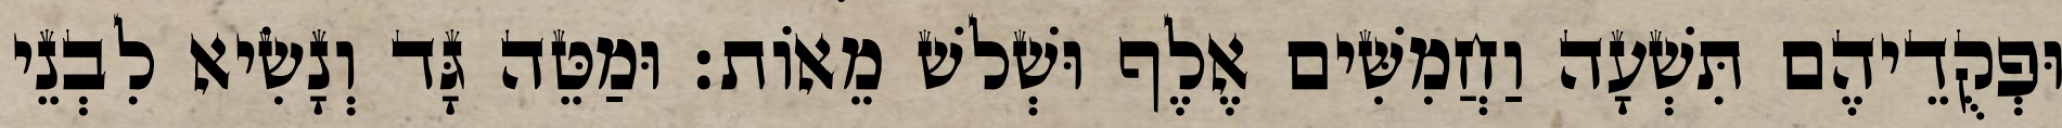
וּפְקֻדֵיהֶם תִּשְׁעָה וַחֲמִשִּׁים אֶלֶף וּשְׁלשׁ מֵאוֹת׃ וּמַטֵּה גָּד וְנָשִׂיא לִבְנֵי